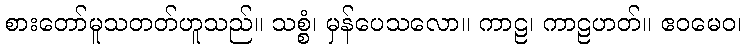
စားတော်မူသတတ်ဟူသည်။ သစ္စံ၊ မှန်ပေသလော။ ကာဠ၊ ကာဠဟတ်။ ဧဝမေဝ၊